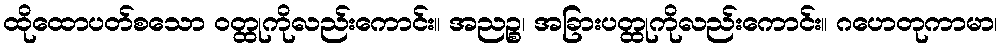
ထိုထောပတ်စသော ဝတ္ထုကိုလည်းကောင်း။ အညဉ္စ၊ အခြားပတ္ထုကိုလည်းကောင်း။ ဂဟေတုကာမာ၊